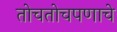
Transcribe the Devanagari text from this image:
तोचतोचपणाचे